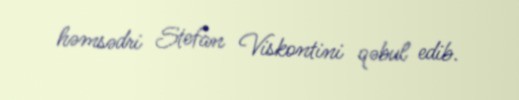
həmsədri Stefan Viskontini qəbul edib.